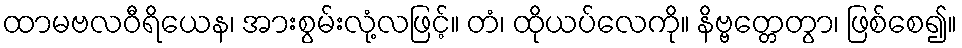
ထာမဗလဝီရိယေန၊ အားစွမ်းလုံ့လဖြင့်။ တံ၊ ထိုယပ်လေကို။ နိဗ္ဗတ္တေတွာ၊ ဖြစ်စေ၍။